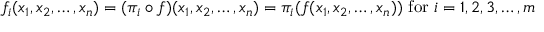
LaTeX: f _ { i } ( x _ { 1 } , x _ { 2 } , \ldots , x _ { n } ) = ( \pi _ { i } \circ f ) ( x _ { 1 } , x _ { 2 } , \ldots , x _ { n } ) = \pi _ { i } ( f ( x _ { 1 } , x _ { 2 } , \ldots , x _ { n } ) ) { \mathrm { ~ f o r ~ } } i = 1 , 2 , 3 , \ldots , m